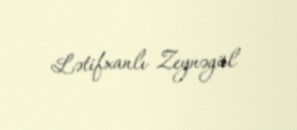
Lətifxanlı Zeynəgül